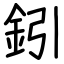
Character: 鈏